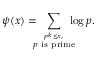
\psi ( x ) = \! \! \! \! \sum _ { \stackrel { p ^ { k } \leq x , } { p { \mathrm { ~ i s ~ p r i m e } } } } \! \! \! \! \log p .